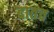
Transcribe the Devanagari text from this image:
दातच